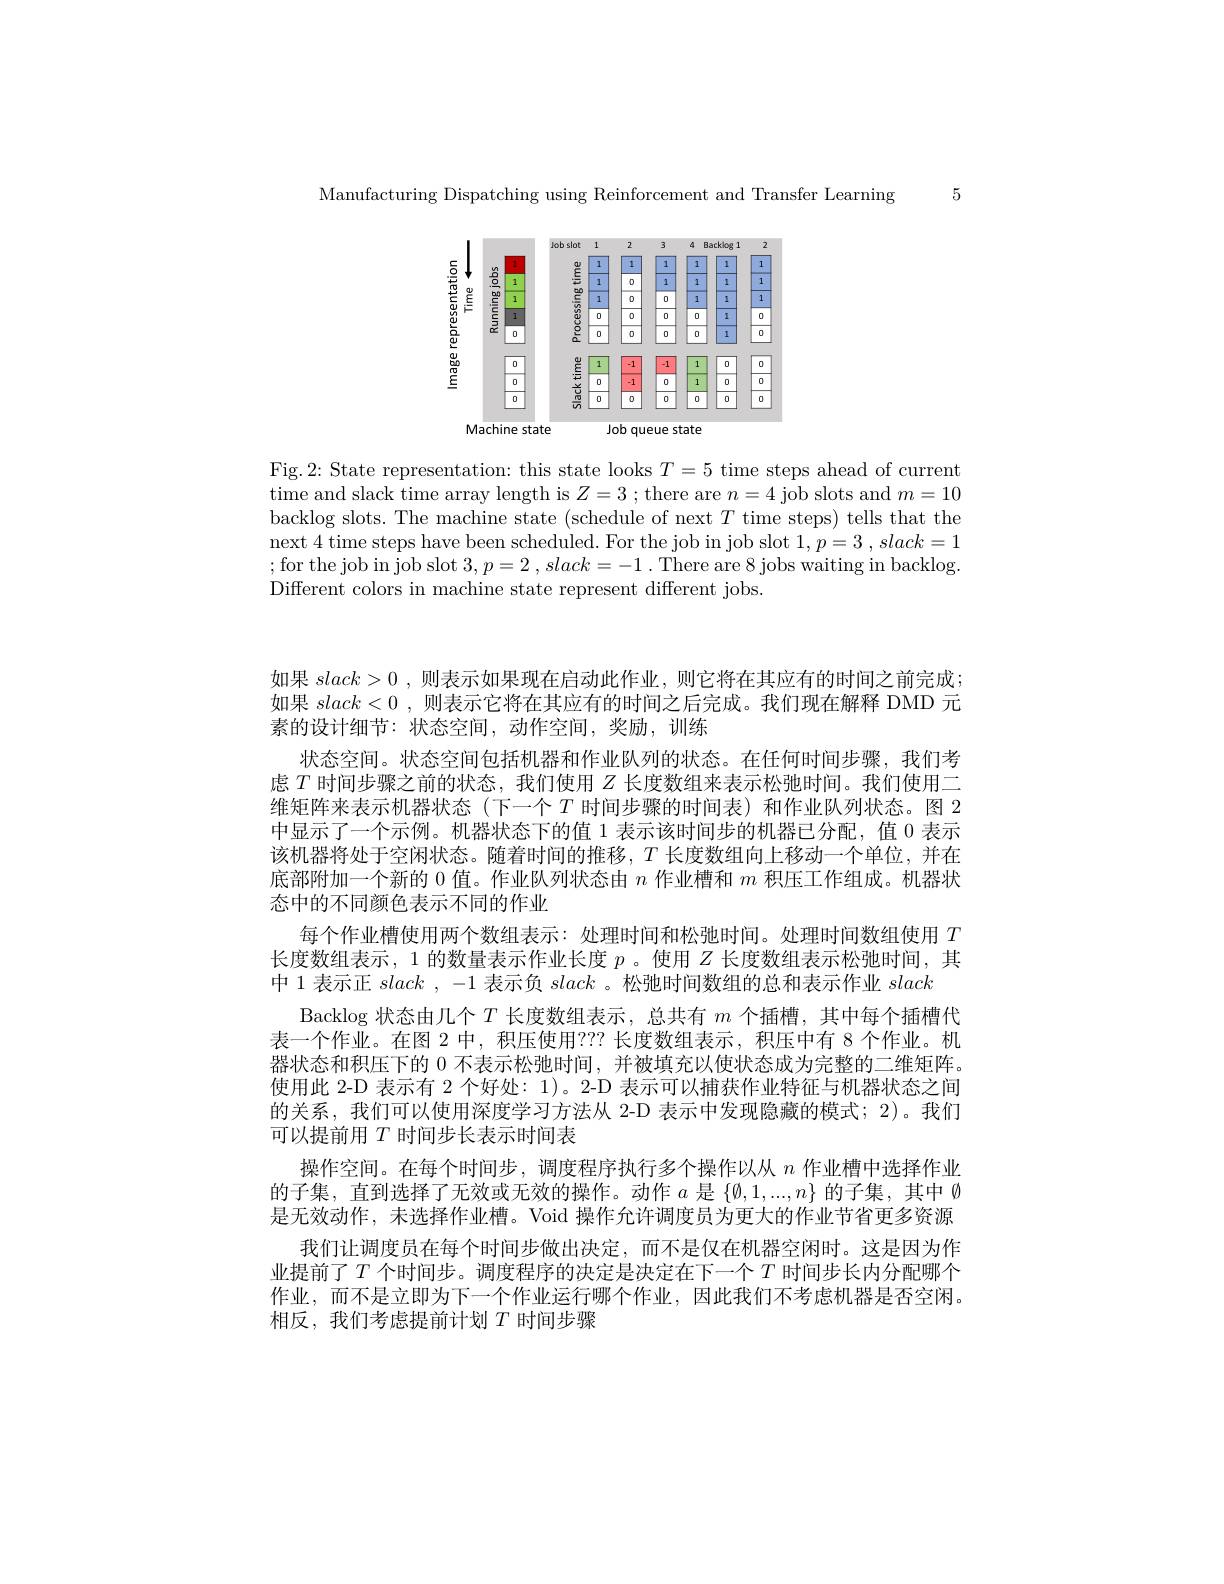
Manufacturing Dispatching using Reinforcement and Transfer Learning 5

<FigureHere>

Fig. 2: State representation: this state looks $T=5$ time steps ahead of current time and slack time array length is $Z=3$ ; there are $n=4$ job slots and $m=10$ backlog slots. The machine state (schedule of next $T$ time steps) tells that the next 4 time steps have been scheduled. For the job in job slot $1, p= 3$ , $slack= 1$ ;for the job in job slot $3, p= 2$ , $slack= - 1$ .There are 8 jobs waiting in backlog;for the job in job slot $3, p= 2$ , $slack= - 1$ .There are 8 jobs waiting in backlog. Different colors in machine state represent different jobs

如果$slack>0$,则表示如果现在启动此作业，则它将在其应有的时间之前完成； 如果$slack<0$,则表示它将在其应有的时间之后完成。我们现在解释 DMD 元素的设计细节：状态空间，动作空间，奖励，训练
状态空间。状态空间包括机器和作业队列的状态。在任何时间步骤，我们考虑$T$时间步骤之前的状态，我们使用$Z$长度数组来表示松弛时间。我们使用二维矩阵来表示机器状态(下一个$T$时间步骤的时间表)和作业队列状态。图 2中显示了一个示例。机器状态下的值 1 表示该时间步的机器已分配，值 0 表示该机器将处于空闲状态。随着时间的推移，$T$长度数组向上移动一个单位，并在底部附加一个新的 0 值。作业队列状态由$n$作业槽和$m$积压工作组成。机器状态中的不同颜色表示不同的作业
每个作业槽使用两个数组表示：处理时间和松弛时间。处理时间数组使用$T$ 长度数组表示，1 的数量表示作业长度$p$ 。使用$Z$长度数组表示松弛时间，其中 1 表示正slack , -1 表示负slack 。松弛时间数组的总和表示作业slack
Backlog 状态由几个$T$长度数组表示，总共有$m$个插槽，其中每个插槽代表一个作业。在图 2 中，积压使用？?? 长度数组表示 , 积压中有 8 个作业。机器状态和积压下的 0 不表示松弛时间，并被填充以使状态成为完整的二维矩阵。使用此 2-D 表示有 2 个好处：1)。2-D 表示可以捕获作业特征与机器状态之间的关系，我们可以使用深度学习方法从 2-D 表示中发现隐藏的模式；2)。我们可以提前用$T$时间步长表示时间表
操作空间。在每个时间步，调度程序执行多个操作以从$n$作业槽中选择作业的子集，直到选择了无效或无效的操作。动作$a$是$\{\emptyset,1,...,n\}$的子集，其中$\emptyset$ 是无效动作，未选择作业槽。Void 操作允许调度员为更大的作业节省更多资源
我们让调度员在每个时间步做出决定，而不是仅在机器空闲时。这是因为作业提前了$T$ 个时间步。调度程序的决定是决定在下一个$T$ 时间步长内分配哪个作业，而不是立即为下一个作业运行哪个作业，因此我们不考虑机器是否空闲。相反，我们考虑提前计划$T$时间步骤